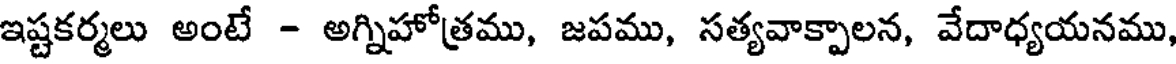
ఇష్టకర్మలు అంటే - అగ్నిహోత్రము, జపము, సత్యవాక్పాలన, వేదాధ్యయనము,